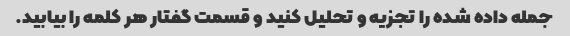
جمله داده شده را تجزیه و تحلیل کنید و قسمت گفتار هر کلمه را بیابید.